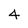
Character: 4